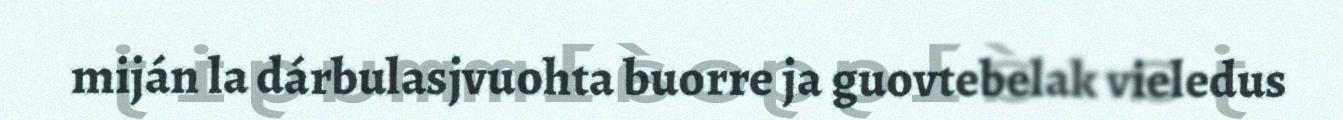
miján la dárbulasjvuohta buorre ja guovtebelak vieledus